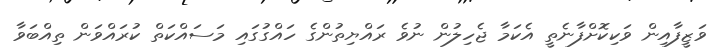
ވަޒީފާއިން ވަކިކޮށްފާނެތީ އެކަމާ ޖެހިލުން ނުވެ ރައްޔިތުންގެ ހައްގުގައި މަސައްކަތް ކުރައްވަން ތިއްބަވާ